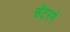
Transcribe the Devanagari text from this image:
सेंटरने